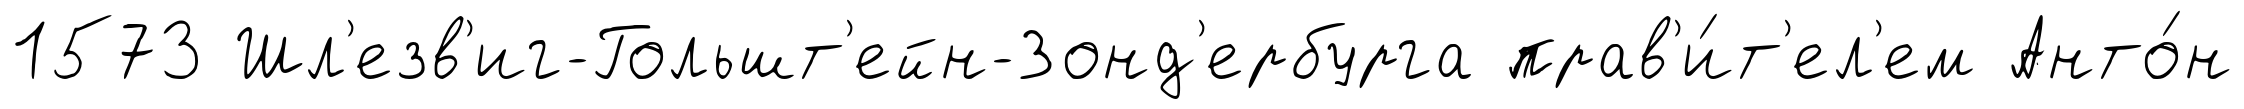
1573 Шл'езв'иг-Гольшт'ейн-Зонд'ербурга прав'и́т'ел'ем Анто́н